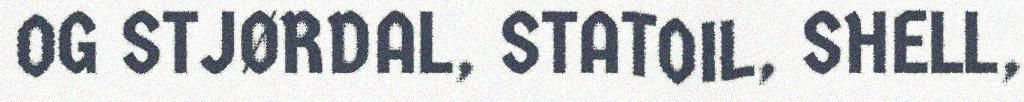
OG STJØRDAL, STATOIL, SHELL,